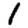
Digit: 1